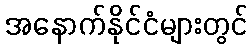
အနောက်နိုင်ငံများတွင်